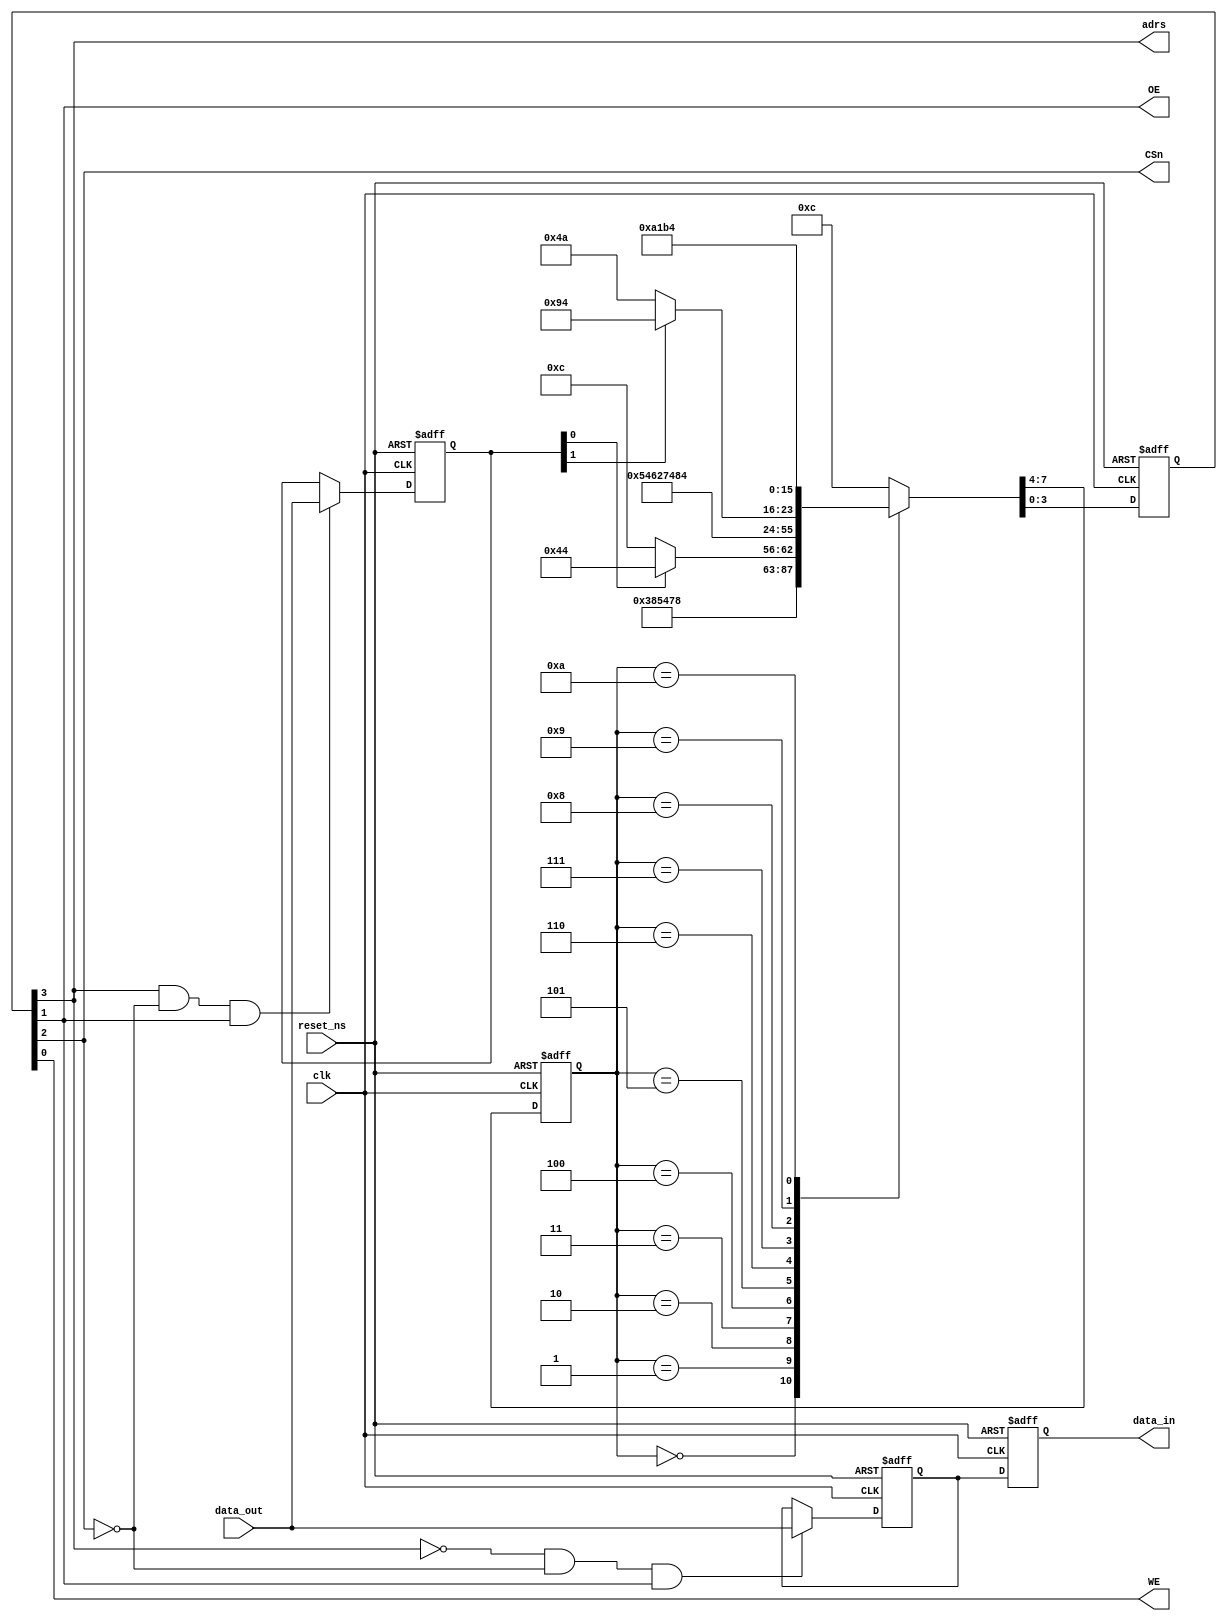
`timescale 1ns/1ns

/***************************************************
 File: ECHO.v
 Test Environment UART for CoreUART and ECHO
 John Tramel CECS460A CSULB
 September 20, 2008
 Redesigned 10/22/2012 for status/data registers

****************************************************/

module echo(clk, reset_ns, data_out, adrs,
            data_in, WE, OE, CSn);

// system inputs

input         clk;           // 50 MHz input clock
input         reset_ns;      // low active reset
input  [ 7:0] data_out;      // data received on rx

output [ 7:0] data_in;       // data to send out tx
output        WE;            // low active write enable
output        OE;            // low active output enable
output        CSn;           // low active chip select
output        adrs;          // 1: status, 0: data

//
// declare variables
//

reg     [7:0] data_in;       // data to send out tx
wire          WE;            // high active write enable
wire          OE;            // high active output enable
wire          CSn;           // low active chip select
reg     [3:0] state;         // state machine
integer       count_err;     // count overflows
reg     [7:0] data;
reg     [7:0] status;
wire          load_status;
wire          load_data;
wire          parity_err;
wire          overflow;
wire          TXrdy;
wire          RXrdy;

//
// service the UART interface
//

assign load_status = adrs  && !CSn && OE;
assign load_data   = !adrs && !CSn && OE;
assign parity_err  = status[5];
assign overflow    = status[4];
assign TXrdy       = status[1];
assign RXrdy       = status[0];

  always @(posedge clk or negedge reset_ns)
        if (reset_ns == 1'b0)
           begin
           status  <= 8'b0;
			  data    <= 8'b0;
			  data_in <= 8'b0;
			  end
			else
			  begin
			  status  <= (load_status) ? data_out : status;
			  data    <= (load_data) ? data_out : data;
			  data_in <= data;
			  end		  
			  
	reg    [3:0] ctl;
	assign {adrs,CSn,OE,WE} = ctl;
			  
   always @(posedge clk or negedge reset_ns)
        if (reset_ns == 1'b0)
           begin
           state <= 4'h0;
			  ctl   <= 4'b0100;
			  end
        else
	       case (state)
		     4'h0: {state,ctl} <= {4'h1,4'b1100}; //CSn-status
			  4'h1: {state,ctl} <= {4'h2,4'b1010}; //CSn,adrs,OE
			  4'h2: {state,ctl} <= {4'h3,4'b1100}; //off
			  4'h3: {state,ctl} <= (RXrdy) ? {4'h4,4'b0100} : {4'h0,4'b1100};
			  4'h4: {state,ctl} <= {4'h5,4'b0100}; //CSn-data
			  4'h5: {state,ctl} <= {4'h6,4'b0010}; //CSn-data,adrs,OE
			  4'h6: {state,ctl} <= {4'h7,4'b0100}; //off
			  4'h7: {state,ctl} <= {4'h8,4'b0100}; //CSn-status
			  4'h8: {state,ctl} <= (TXrdy) ? {4'h9,4'b0100} : {4'h4,4'b1010};
			  4'h9: {state,ctl} <= {4'hA,4'b0001};
			  4'hA: {state,ctl} <= {4'hB,4'b0100};
			  4'hB: {state,ctl} <= {4'h0,4'b1100};
			 
				default: {state,ctl} <= {4'h0,4'b1100};
	        endcase

   //
   // keep track of error conditions
   //

   always @(posedge clk or negedge reset_ns)
	   if (reset_ns == 1'b0)
		   count_err <= 0;
	   else if (overflow == 1'b1)
		   count_err <= count_err + 1;
	   else if (parity_err == 1'b1)
		   count_err <= count_err + 1;

endmodule